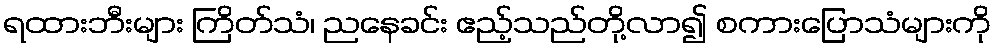
ရထားဘီးများ ကြိတ်သံ၊ ညနေခင်း ဧည့်သည်တို့လာ၍ စကားပြောသံများကို